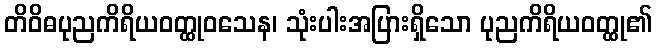
တိဝိဓပုညကိရိယဝတ္ထုဝသေန၊ သုံးပါးအပြားရှိသော ပုညကိရိယဝတ္ထု၏